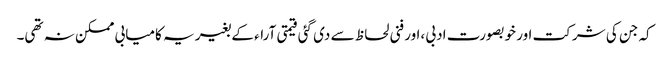
کہ جن کی شرکت اور خوبصورت ادبی ،اور فنی لحاظ سے دی گئی قیمتی آراء کے بغیر یہ کامیابی ممکن نہ تھی۔